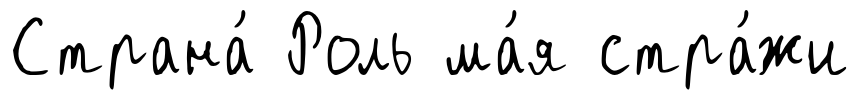
Страна́ Роль ма́я стра́жи